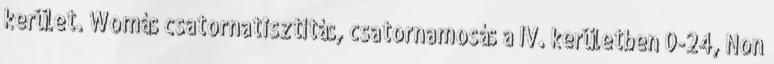
kerület. Womás csatornatisztítás, csatornamosás a IV. kerületben 0-24, Non